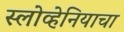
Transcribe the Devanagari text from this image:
स्लोव्हेनियाचा